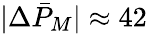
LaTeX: |\Delta\bar{P}_{M}|\approx 42\